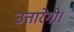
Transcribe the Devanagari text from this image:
उतारेगी।